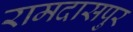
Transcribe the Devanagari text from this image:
रामदासपुर